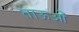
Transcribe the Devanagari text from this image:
ताऊओं